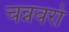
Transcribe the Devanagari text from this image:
चन्नवरो